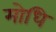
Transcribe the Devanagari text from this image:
मोधि